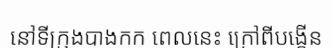
នៅទីក្រុងបាងកក ពេលនេះ ក្រៅពីបង្កើន